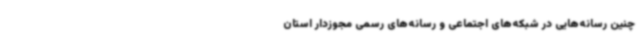
چنین رسانه‌هایی در شبکه‌های اجتماعی و رسانه‌های رسمی مجوزدار استان